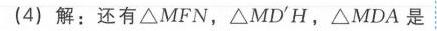
(4) 解：还有\(\triangle MFN\)，\(\triangle MD'H\)，\(\triangle MDA\)是